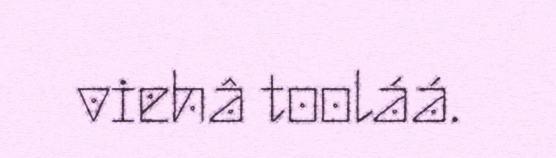
viehâ tooláá.